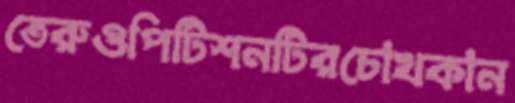
তেরুওপিটিশনটিরচোখকান